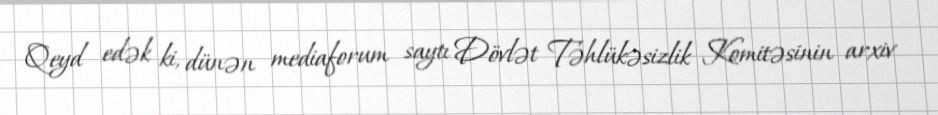
Qeyd edək ki, dünən mediaforum saytı Dövlət Təhlükəsizlik Komitəsinin arxiv